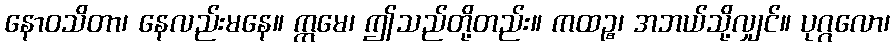
နောဝသိတာ၊ နေလည်းမနေ။ ဣမေ၊ ဤသည်တို့တည်း။ ကထဉ္စ၊ အဘယ်သို့လျှင်။ ပုဂ္ဂလော၊